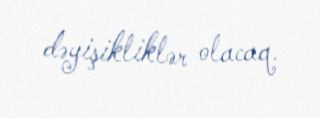
dəyişikliklər olacaq.